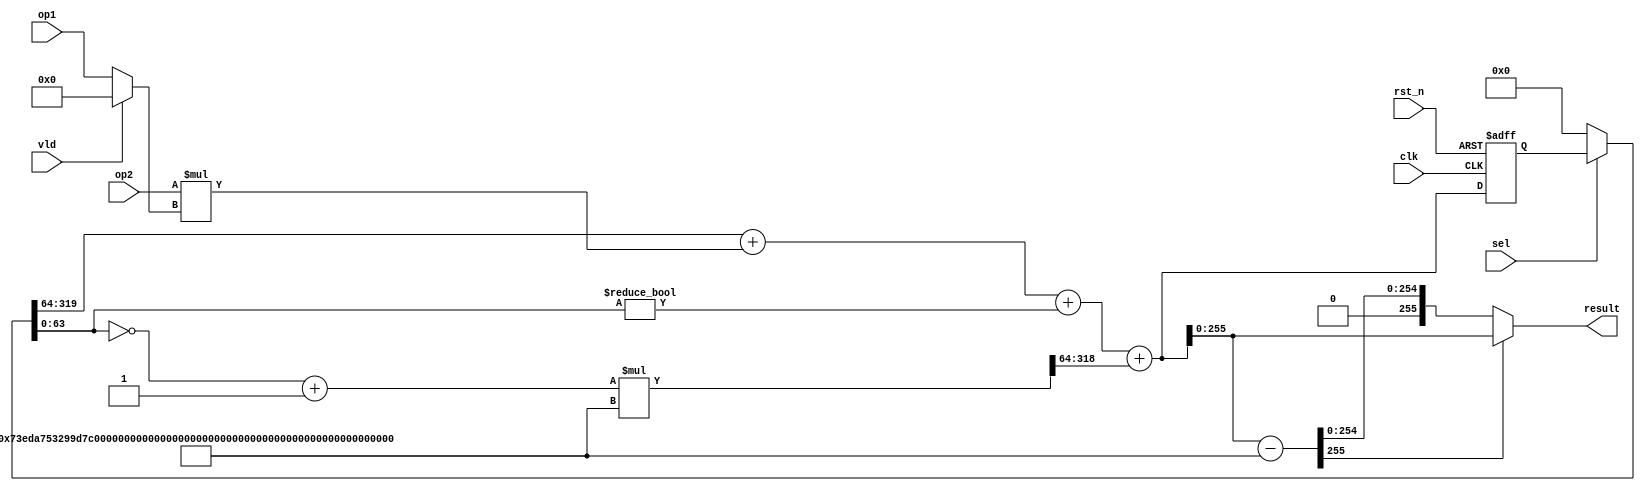
//64-bit version
module mm_256x256_iter(
    input          clk,
    input          rst_n,
    input          sel,
    input          vld, //for the 5th cycle output, one of the op need be 0
    input  [ 63:0] op1,
    input  [255:0] op2,
    output [255:0] result
    );

    localparam M = 256'h 73eda753299d7d483339d80809a1d80553bda402fffe5bfeffffffff00000001;
    wire [319:0] mult_result;
    wire [319:0] mux_o;
    wire [319:0] sub_result;
    reg  [319:0] sub_result_r;
    reg  [319:0] mux_o_r;
    wire         c_in;
    wire [255:0] add_in_a;
    wire [319:0] add_in_b;
    wire [319:0] add_result;
    reg  [319:0] add_result_r;
    wire [319:0] result_xm;
    wire [ 63:0] op1_w;

    assign op1_w = (vld) ? 64'd0 : op1;
    assign mult_result = op2 * op1_w;

    //mux
    assign mux_o = (sel) ? sub_result_r : 320'd0;

    wire [63:0] xm_in = ~mux_o[0+:64] + 1'b1;
    //xm_32_f xm_U0 (.q(xm_in), .r(result_xm));
    assign result_xm = xm_in * M;
    assign c_in = (mux_o[0+:64] != 64'b0);
    assign add_in_a = mux_o[64+:256];
    assign add_in_b = mult_result;
    assign add_result = add_in_a + add_in_b + c_in;
    assign sub_result = add_result + result_xm[64+:256];

    always @(posedge clk or negedge rst_n) begin
        if(!rst_n) sub_result_r <= 320'd0;
        else       sub_result_r <= sub_result;
    end
    //assign result = sub_result[255:0];
    //result check
    wire [255:0] sub_M = sub_result - M;
    wire flag = sub_M[255];
    assign result = (flag) ? sub_result : sub_M;

endmodule

////16-bit version
//module mm_256x256_iter(
//    input          clk,
//    input          rst_n,
//    input          sel,
//    input  [ 15:0] op1,
//    input  [255:0] op2,
//    output [255:0] result
//    );
//
//    wire [271:0] mult_result;
//    wire [271:0] mux_o;
//    wire [271:0] sub_result;
//    reg  [271:0] sub_result_r;
//    reg  [271:0] mux_o_r;
//    wire         c_in;
//    wire [255:0] add_in_a;
//    wire [271:0] add_in_b;
//    wire [271:0] add_result;
//    reg  [271:0] add_result_r;
//    wire [255:0] result_xm;
//
//    assign mult_result = op2 * op1;
//
//    //mux
//    assign mux_o = (sel) ? sub_result_r : 272'd0;
//
//    wire [31:0] xm_in = ~mux_o[0+:16] + 1'b1;
//    xm_16_f xm_U0 (.q(xm_in), .r(result_xm));
//    assign c_in = (mux_o[0+:16] != 16'b0);
//    assign add_in_a = mux_o[16+:256];
//    assign add_in_b = mult_result;
//    assign add_result = add_in_a + add_in_b + c_in;
//    assign sub_result = add_result + result_xm;
//
//    always @(posedge clk or negedge rst_n) begin
//        if(!rst_n) sub_result_r <= 272'd0;
//        else       sub_result_r <= sub_result;
//    end
//    assign result = sub_result[255:0];
//
//endmodule
//
//module xm_16_f(
//    input   [ 15:0] q,
//    output  [255:0] r
//    );
//    localparam c0 =  24'h bfff97;
//    localparam c1 = 149'h 1cfb69d4ca675f520cce76020268760154ef69;
//
//    wire [ 97:0] qxc0_shift;
//    wire [ 97:0] sub_result;
//    wire [165:0] add_result;
//
//    wire [ 39:0] qxc0 = q*c0;
//    wire [164:0] qxc1 = q*c1;
//    wire [ 63:0] qq   = {q,{16{1'b0}},q,{16{1'b0}}};
//
//    assign qxc0_shift = {qxc0,{58{1'b0}}};
//    assign sub_result = qxc0_shift - qq;
//    assign add_result = qxc1 + sub_result[97-:8];
//
//    assign r = {add_result,sub_result[0+:90]};
//
//endmodule

//for basline test digit_serial; not the actual mm_256x256_iter module
//32-bit version
//module mm_256x256_iter(
//    input          clk,
//    input          rst_n,
//    input          sel,
//    input          preset,
//    input  [255:0] op1,
//    input  [255:0] op2,
//    output [255:0] result
//    );
//
//    localparam M = 256'h 73eda753299d7d483339d80809a1d80553bda402fffe5bfeffffffff00000001;
//    wire [287:0] mult_result;
//    wire [255:0] mux_o;
//    wire [287:0] sub_result;
//    reg  [255:0] shift_r;
//    reg  [287:0] mux_o_r;
//    wire [287:0] add_1_result;
//    reg  [287:0] add_result_r;
//    wire [255:0] result_xm;
//    wire [ 31:0] op1_w;
//    localparam FACTOR = 32'h ffff_ffff;
//
//    reg  [255:0] sr;
//    always @(posedge clk or negedge rst_n) //sr
//    begin
//        if (!rst_n) sr <= 256'd 0;
//        else if (preset) sr <= op1;
//        else sr <= {sr[31:0],sr[255:32]};
//    end
//
//    assign op1_w =  sr;
//    assign mult_result = op2 * op1_w;
//
//    //mux
//    assign mux_o = (sel) ? shift_r : 256'd0;//tqc!!!
//
//    assign add_1_result = mux_o + mult_result;
//    wire [31:0] mm_result;
//    assign mm_result = (~add_1_result[0+:32]) + 32'd1;
//    wire [287:0] mult2_result;
//    assign mult2_result = mm_result * M;
//    assign sub_result = add_1_result + mult2_result;
//
//    always @(posedge clk or negedge rst_n) begin
//        if(!rst_n) shift_r <= 288'd0;
//        else       shift_r <= sub_result[32+:256];
//    end
//    assign result = shift_r[255:0];
//
//endmodule